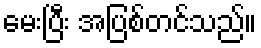
မေးပြီး အပြစ်တင်သည်။